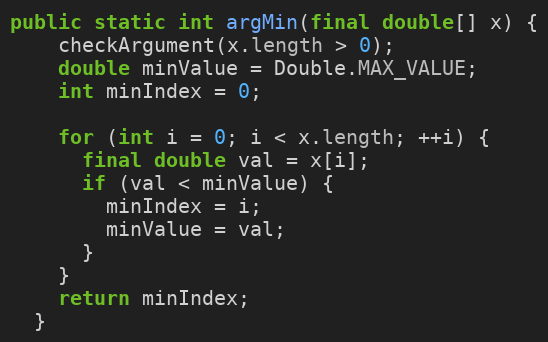
Language: Java
public static int argMin(final double[] x) {
    checkArgument(x.length > 0);
    double minValue = Double.MAX_VALUE;
    int minIndex = 0;

    for (int i = 0; i < x.length; ++i) {
      final double val = x[i];
      if (val < minValue) {
        minIndex = i;
        minValue = val;
      }
    }
    return minIndex;
  }